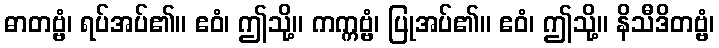
ဓာတဗ္ဗံ၊ ရပ်အပ်၏။ ဧဝံ၊ ဤသို့။ ကက္ကဗ္ဗံ၊ ပြုအပ်၏။ ဧဝံ၊ ဤသို့။ နိသီဒိတဗ္ဗံ၊